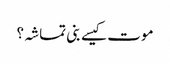
موت کیسے بنی تماشہ؟